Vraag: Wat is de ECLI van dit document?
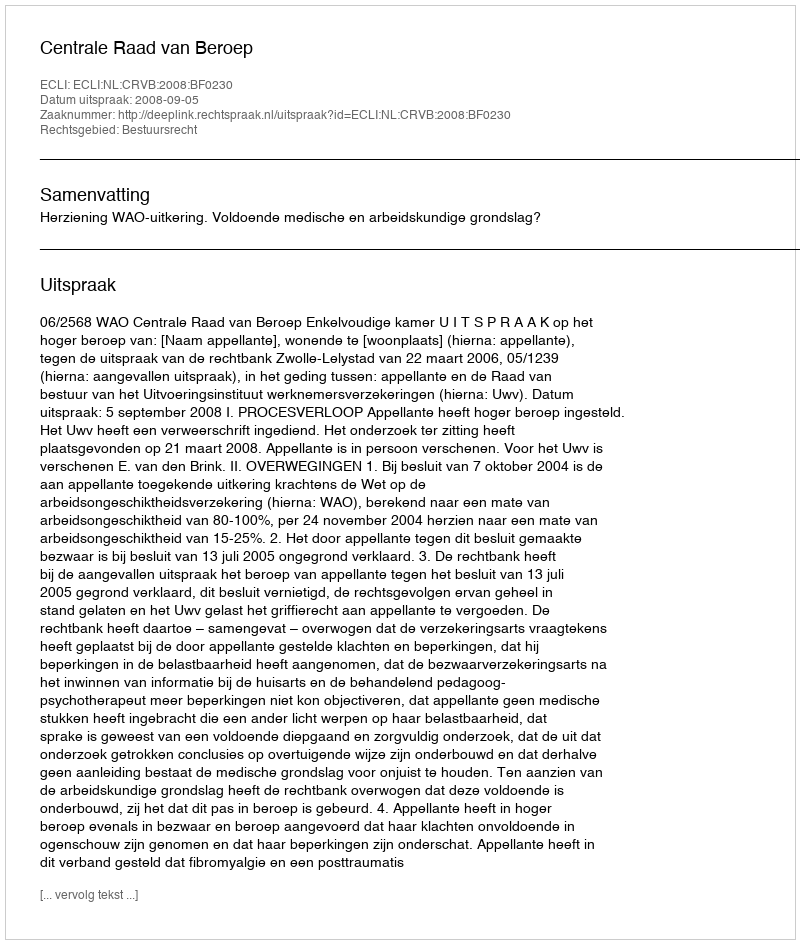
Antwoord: ECLI:NL:CRVB:2008:BF0230